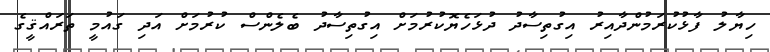
ހިޔާލު ފާޅުކުރަމުންދާއިރު އިގުތިސާދު ދުޅަހެޔޮކުރުމަށް އިގުތިސާދު ބެލެންސް ކުރުމަށް އަދި ގައުމީ ތަރައްޤީގެ